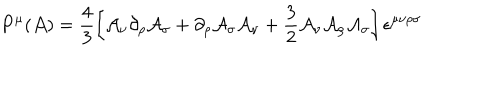
P ^ { \mu } ( { \cal A } ) = \frac { 4 } { 3 } \left[ { \cal A } _ { \nu } \partial _ { \rho } { \cal A } _ { \sigma } + \partial _ { \rho } { \cal A } _ { \sigma } { \cal A } _ { \nu } + \frac { 3 } { 2 } { \cal A } _ { \nu } { \cal A } _ { \rho } { \cal A } _ { \sigma } \right] \epsilon ^ { \mu \nu \rho \sigma }